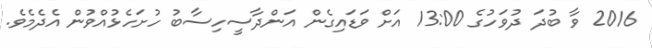
2016 ވާ ބުދަ ދުވަހުގެ 13:00 އަށް ވަޑައިގެން އަންދާސީހިސާބު ހުށަހެޅުއްވުން އެދެމެވެ.